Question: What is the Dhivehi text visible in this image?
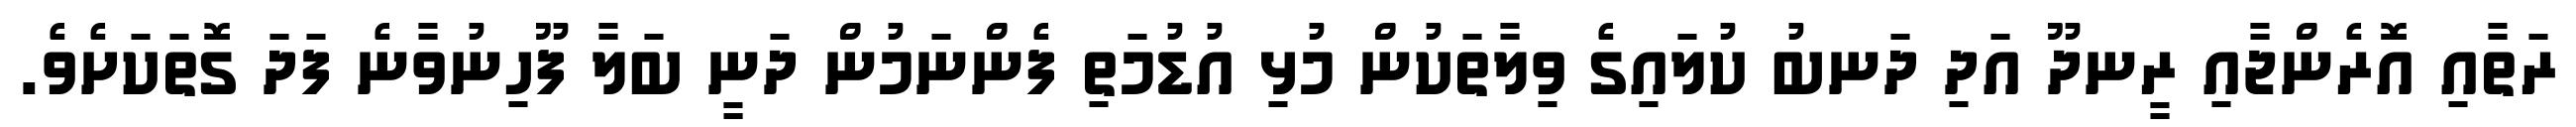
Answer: ރަތާއި އޮރެންޖާއި ރީނދޫ އަދި ދަނބު ކުލައިގެ ވިލާތަކުން މުޅި އުޑުމަތި ފެންނަމުން ދަނީ ބަލާ ފޫހިނުވާނެ ފަދަ ގޮތަކަށެވެ.